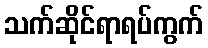
သက်ဆိုင်ရာရပ်ကွက်